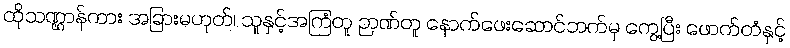
ထိုသဏ္ဌာန်ကား အခြားမဟုတ်၊ သူနှင့်အကြံတူ ဉာဏ်တူ နောက်ဖေးဆောင်ဘက်မှ ကွေ့ပြီး ဖောက်တံနှင့်